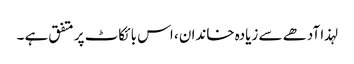
لہذا آدھے سے زیادہ خاندان ، اس بائکاٹ پر متفق ہے ۔